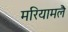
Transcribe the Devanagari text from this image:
मरियामलै